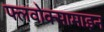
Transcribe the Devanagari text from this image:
फ्लवोक्सामाइन